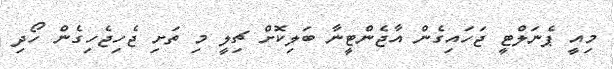
މިއީ ޕެނަލްޓީ ޖަހައިގެން އާޖެންޓީނާ ބަލިކޮށް ޗިލީ މި ތަށި ޖެހިޖެހިގެން ހޯދި